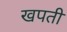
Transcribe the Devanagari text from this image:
खपती